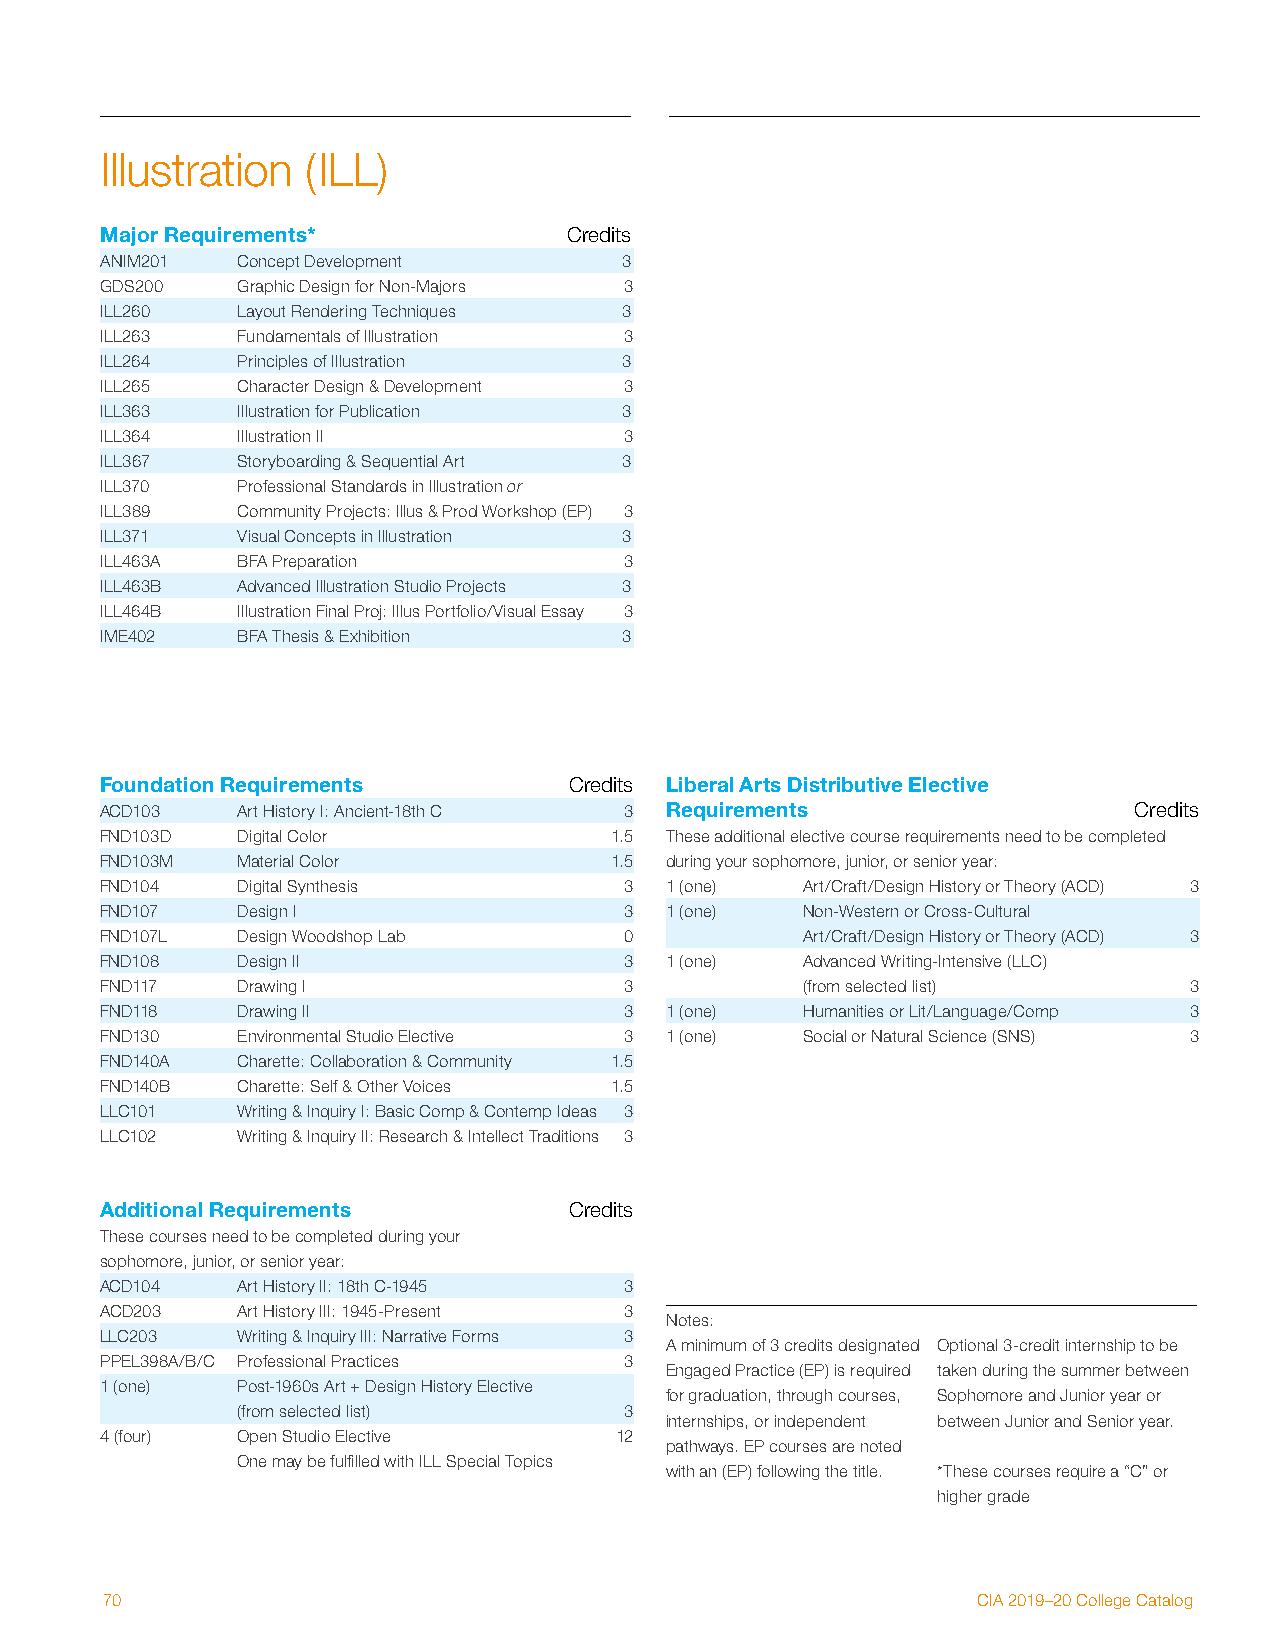
Illustration (ILL)
 Major Requirements*            Credits
 ANIM201  Concept Development      3
 GDS200   Graphic Design for Non-Majors 3
 ILL260   Layout Rendering Techniques 3
 ILL263   Fundamentals of Illustration 3
 ILL264   Principles of Illustration 3
 ILL265   Character Design & Development 3
 ILL363   Illustration for Publication 3
 ILL364   Illustration II          3
 ILL367   Storyboarding & Sequential Art 3
 ILL370   Professional Standards in Illustration or
 ILL389   Community Projects: Illus & Prod Workshop (EP) 3
 ILL371   Visual Concepts in Illustration 3
 ILL463A  BFA Preparation          3
 ILL463B  Advanced Illustration Studio Projects 3
 ILL464B  Illustration Final Proj: Illus Portfolio/Visual Essay 3
 IME402   BFA Thesis & Exhibition  3
 Foundation Requirements        Credits Liberal Arts Distributive Elective
 ACD103   Art History I: Ancient-18th C 3 Requirements               Credits
 FND103D  Digital Color           1.5 These additional elective course requirements need to be completed
 FND103M  Material Color          1.5 during your sophomore, junior, or senior year:
 FND104   Digital Synthesis        3  1 (one)  Art/Craft/Design History or Theory (ACD) 3
 FND107   Design I                 3  1 (one)  Non-Western or Cross-Cultural
 FND107L  Design Woodshop Lab      0           Art/Craft/Design History or Theory (ACD) 3
 FND108   Design II                3  1 (one)  Advanced Writing-Intensive (LLC)
 FND117   Drawing I                3           (from selected list)      3
 FND118   Drawing II               3  1 (one)  Humanities or Lit/Language/Comp 3
 FND130   Environmental Studio Elective 3 1 (one) Social or Natural Science (SNS) 3
 FND140A  Charette: Collaboration & Community 1.5
 FND140B  Charette: Self & Other Voices 1.5
 LLC101   Writing & Inquiry I: Basic Comp & Contemp Ideas 3
 LLC102   Writing & Inquiry II: Research & Intellect Traditions 3
 Additional Requirements        Credits
 These courses need to be completed during your
 sophomore, junior, or senior year:
 ACD104   Art History II: 18th C-1945 3
 ACD203   Art History III: 1945-Present 3
 Notes:
 LLC203   Writing & Inquiry III: Narrative Forms 3
 A minimum of 3 credits designated Optional 3-credit internship to be
 PPEL398A/B/C Professional Practices 3
 Engaged Practice (EP) is required taken during the summer between
 1 (one)  Post-1960s Art + Design History Elective
 for graduation, through courses, Sophomore and Junior year or
 (from selected list)     3
 internships, or independent between Junior and Senior year.
 4 (four) Open Studio Elective     12
 pathways. EP courses are noted
 One may be fulfilled with ILL Special Topics
 with an (EP) following the title. *These courses require a “C” or
 higher grade
 70                                                        CIA 2019–20 College Catalog